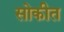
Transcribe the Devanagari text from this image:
सोकीत